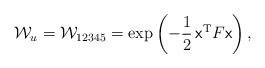
LaTeX: \begin{align*}\mathcal W_u = \mathcal W_{12345} = \exp\left(-\frac{1}{2} \,\mathsf x^{\mathrm T} F\/ \mathsf x\right),\end{align*}